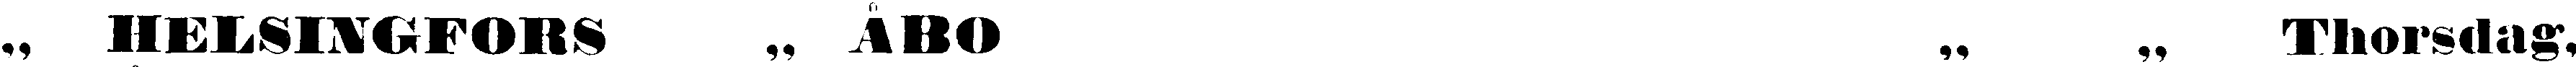
„ HELSINGFORS „ ÅBO